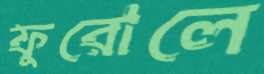
ফুরোলে